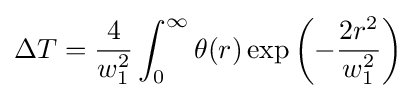
\Delta T={\frac {4}{w_{1}^{2}}}\int _{0}^{\infty }\theta (r)\exp \left(-{\frac {2r^{2}}{w_{1}^{2}}}\right)